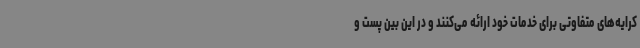
کرایه‌های متفاوتی برای خدمات خود ارائه می‌کنند و در این بین پست و